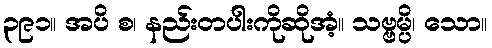
၃၉၁။ အပိ စ၊ နည်းတပါးကိုဆိုအံ့။ သဗ္ဗမ္ပိ၊ သော။